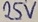
Text: 25v